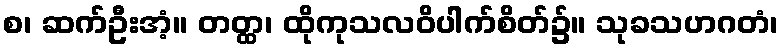
စ၊ ဆက်ဦးအံ့။ တတ္ထ၊ ထိုကုသလဝိပါက်စိတ်၌။ သုခသဟဂတံ၊